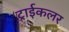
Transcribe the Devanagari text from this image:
ट्राईकलर